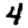
Digit: 4